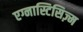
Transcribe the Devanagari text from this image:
एग्नास्टिसिज़्म